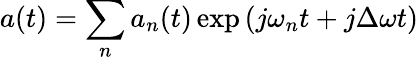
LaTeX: a(t)=\sum_{n}a_{n}(t)\exp{(j\omega_{n}t+j\Delta\omega t)}